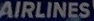
AIRLINES